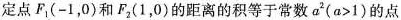
定点F_{1}(-1，0)和F_{2}(1，0)的距离的积等于常数$$a^{2}(a>1)$$的点